Vaccination in Burma 1920-1933 - 1920-1933
Year: 1920
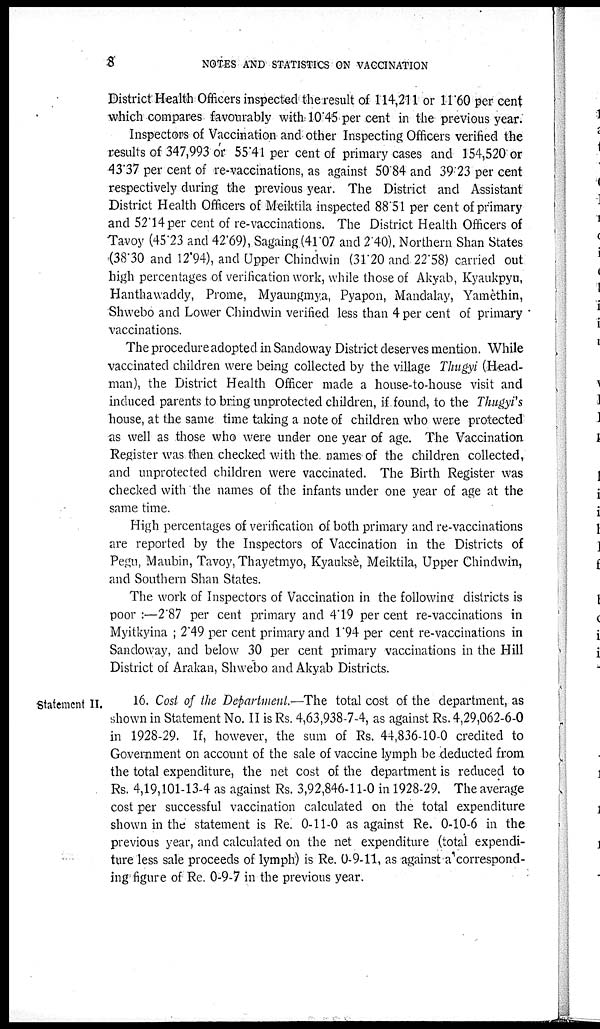
8
NOTES AND STATISTICS ON VACCINATION
District Health Officers inspected the result of 114,211 or 11 .60 per cent
which compares favourably with 10.45 per cent in the previous year.
Inspectors of Vaccination and other Inspecting Officers verified the
results of 347,993 or 55.41 per cent of primary cases and 154,520 or
43.37 per cent of re-vaccinations, as against 50.84 and 39.23 per cent
respectively during the previous year. The District and Assistant
District Health Officers of Meiktila inspected 88.51 per cent of primary
and 52.14 per cent of re-vaccinations. The District Health Officers of
Tavoy (45.23 and 42.69), Sagaing (41.07 and 2.40), Northern Shan States
(38.30 and 12.94), and Upper Chindwin (31.20 and 22.58) carried out
high percentages of verification work, while those of Akyab, Kyaukpyu,
Hanthawaddy, Prome, Myaungmya, Pyapon, Mandalay, Yamèthin,
Shwebo and Lower Chindwin verified less than 4 per cent of primary
vaccinations.
The procedure adopted in Sandoway District deserves mention. While
vaccinated children were being collected by the village Thugyi (Head-
man), the District Health Officer made a house-to-house visit and
induced parents to bring unprotected children, if found, to the Thugyi's
house, at the same time taking a note of children who were protected
as well as those who were under one year of age. The Vaccination.
Register was then checked with the names of the children collected,
and unprotected children were vaccinated. The Birth Register was
checked with the names of the infants under one year of age at the
same time.
High percentages of verification of both primary and re-vaccinations
are reported by the Inspectors of Vaccination in the Districts of
Pegu, Maubin, Tavoy, Thayetmyo, Kyauksè, Meiktila, Upper Chindwin,
and Southern Shan States.
The work of Inspectors of Vaccination in the following districts is
poor :—2.87 per cent primary and 4.19 per cent re-vaccinations in
Myitkyina ; 2.49 per cent primary and 1.94 per cent re-vaccinations in
Sandoway, and below 30 per cent primary vaccinations in the Hill
District of Arakan, Shwebo and Akyab Districts.
Statement II.
16. Cost of the Department.—The total cost of the department, as
shown in Statement No. II is Rs. 4,63,938-7-4, as against Rs. 4,29,062-6-0
in 1928-29. If, however, the sum of Rs. 44,836-10-0 credited to
Government on account of the sale of vaccine lymph be deducted from
the total expenditure, the net cost of the department is reduced to
Rs. 4,19,101-13-4 as against Rs. 3,92,846-11-0 in 1928-29. The average
cost per successful vaccination calculated on the total expenditure
shown in the statement is Re. 0-11-0 as against Re. 0-10-6 in the
previous year, and calculated on the net expenditure (total expendi-
ture less sale proceeds of lymph) is Re. 0-9-11, as against a correspond-
ing figure of Re. 0-9-7 in the previous year.